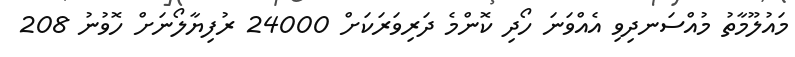
މައުލޫމާތު މުއްސަނދިވި އެއްވަނަ ހޯދި ކޮންމެ ދަރިވަރަކަށް 24000 ރުފިޔާލޯނަށް ހޮވުނު 208